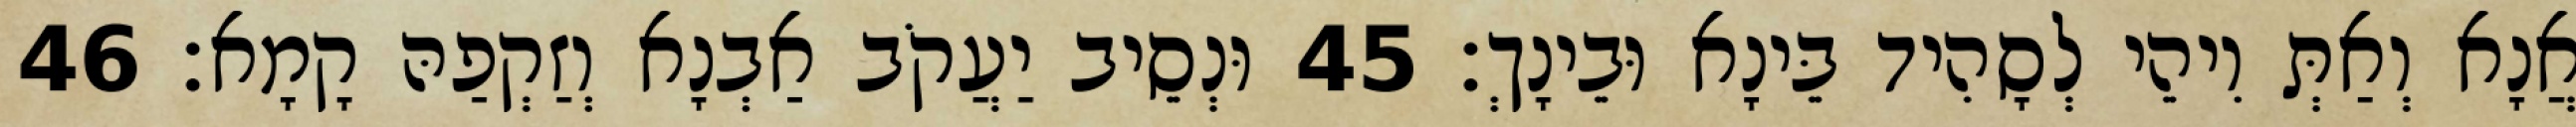
אֲנָא וְאַתְּ וִיהֵי לְסָהִיד בֵּינָא וּבֵינָךְ׃ 45 וּנְסֵיב יַעֲקֹב אַבְנָא וְזַקְפַהּ קָמָא׃ 46